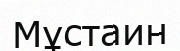
Мұстаин